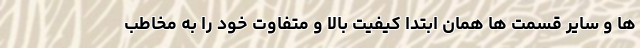
ها و سایر قسمت ها همان ابتدا کیفیت بالا و متفاوت خود را به مخاطب